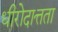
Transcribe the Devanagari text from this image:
धीरोदात्तता